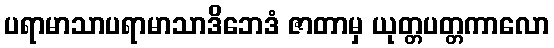
ပရာမာသာပရာမာသာဒိဘေဒံ ဇာတာမှ ယုတ္တပတ္တကာလော